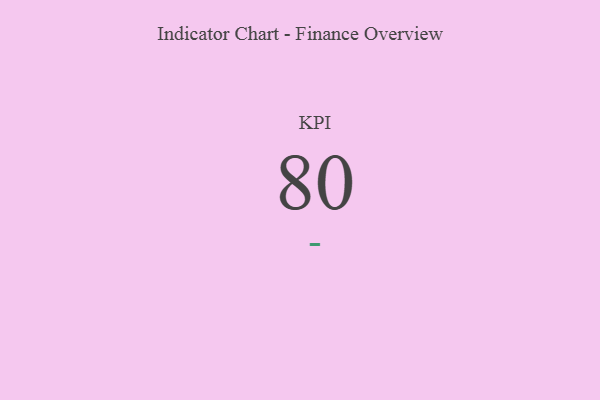
{"axis": {"x": "KPI", "y": "Value"}, "legend": [""], "data": [{"x": "KPI", "y": 80, "type": ""}]}